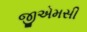
જીએમસી